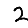
Digit: 2